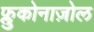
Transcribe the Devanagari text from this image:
फ्लुकोनाज़ोल